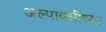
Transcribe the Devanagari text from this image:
अल्पावधीच्या